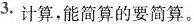
3. 计算，能简算的要简算。